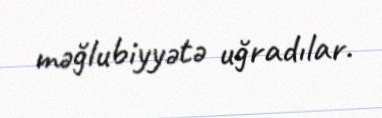
məğlubiyyətə uğradılar.